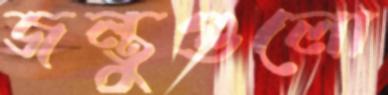
জন্তুগুলো